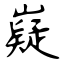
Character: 嶷